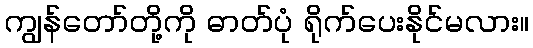
ကျွန်တော်တို့ကို ဓာတ်ပုံ ရိုက်ပေးနိုင်မလား။